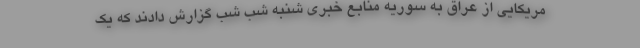
مریکایی از عراق به سوریه منابع خبری شنبه شب شب گزارش دادند که یک